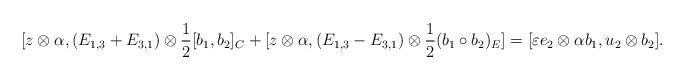
LaTeX: \begin{align*}[z\otimes\alpha,(E_{1,3}+E_{3,1})\otimes\frac{1}{2}[b_{1},b_{2}]_{C}+[z\otimes\alpha,(E_{1,3}-E_{3,1})\otimes\frac{1}{2}(b_{1}\circ b_{2})_{E}]=[\varepsilon e_{2}\otimes\alpha b_{1},u_{2}\otimes b_{2}].\end{align*}